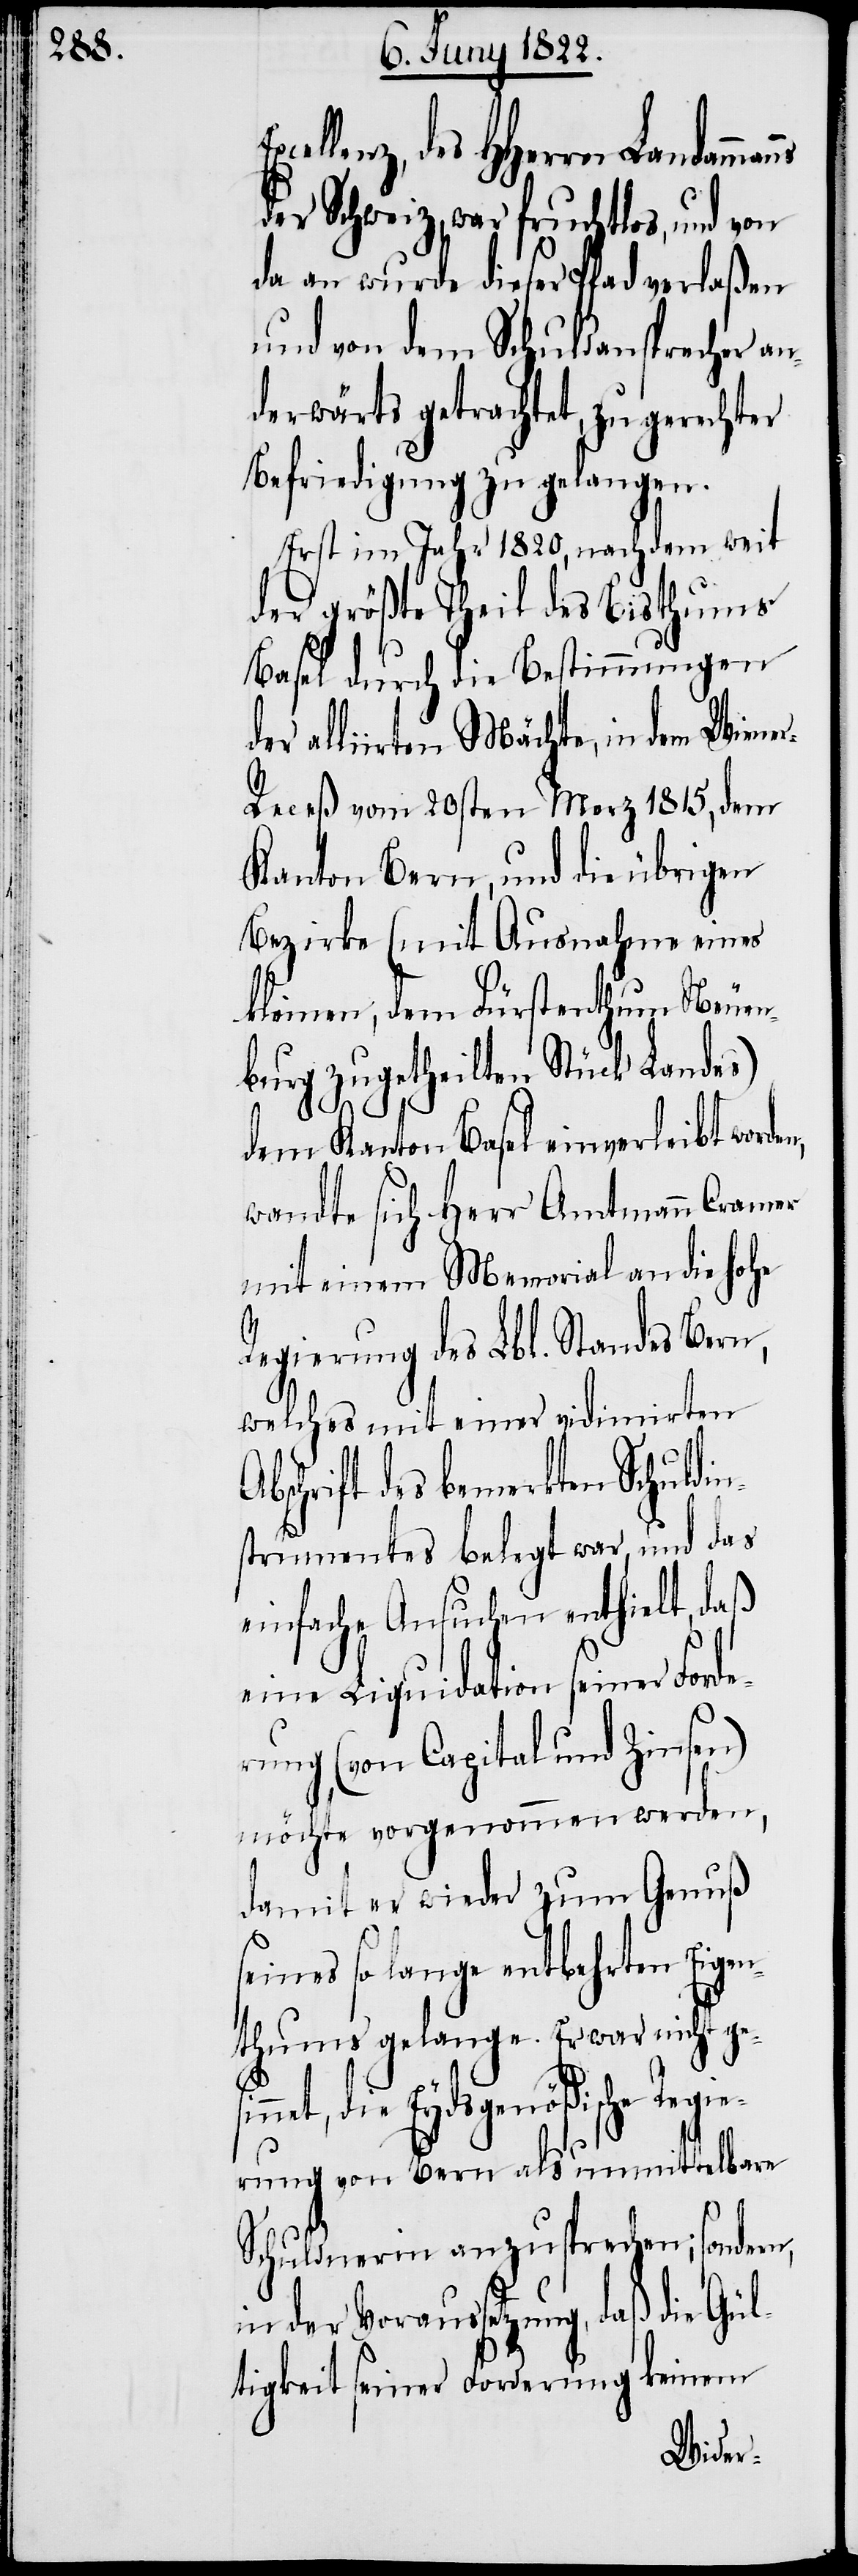
cellenz, des HHerrn Landamma¬
der Schweiz, war fruchtlos, und von
da an wurde dieser Pfad verlaßen
und von dem Schuldansprecher an¬
derwärts getrachtet, zu gerechter
Befriedigung zu gelangen.
Erst im Jahr 1820., nachdem weit
der größte Theil des Bisthums
Basel durch die Bestimmungen
der alliirten Mächte, in dem Wiene¬
r-Receß vom 20sten Merz 1815, dem
Kanton Bern, und die übrigen
Bezirke (mit Ausnahme eines
kleinen, dem Fürstenthum Neuen¬
burg zugetheilten Stück Landes)
gesin¬
dem Kanton Basel einverleibt worde¬
wandte sich Herr Amtmann Cramer
mit einem Memorial an die hohe
Regierung des Lbl. Standes Bern,
welches mit einer vidimirten
schrift des bemerkten Schuldin¬
strumentes belegt war, und das
einfache Ansuchen enthielt, daß
eine Liquidation seiner For¬
rung (von Capital und Zinsen)
möchte vorgenommen werden,
damit er wieder zum Genuß
seines so lange entbehrten Eigen¬
thums gelange. Er war nicht
net, die Eydsgenößische Regi¬
erung von Bern als unmittelbare
Schuldnerin anzusprechen; sondern,
in der Voraussetzung, daß die Gü¬
ltigkeit seiner Forderung keinem